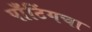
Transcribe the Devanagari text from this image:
पाँटिंगचा